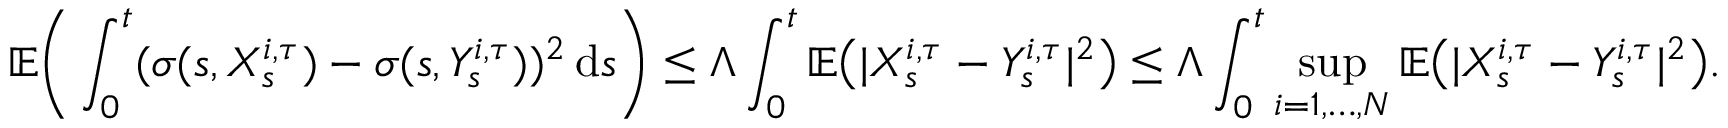
\mathbb { E } \Bigg ( \int _ { 0 } ^ { t } ( \sigma ( s , X _ { s } ^ { i , \tau } ) - \sigma ( s , Y _ { s } ^ { i , \tau } ) ) ^ { 2 } \, \mathrm { d } s \Bigg ) \le \Lambda \int _ { 0 } ^ { t } \mathbb { E } \big ( | X _ { s } ^ { i , \tau } - Y _ { s } ^ { i , \tau } | ^ { 2 } \big ) \le \Lambda \int _ { 0 } ^ { t } \operatorname* { s u p } _ { i = 1 , \ldots , N } \mathbb { E } \big ( | X _ { s } ^ { i , \tau } - Y _ { s } ^ { i , \tau } | ^ { 2 } \big ) .